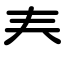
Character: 𡗗